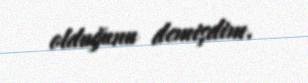
olduğunu demişdim.